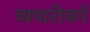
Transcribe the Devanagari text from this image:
व्यपारीवर्ग